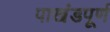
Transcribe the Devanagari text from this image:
पाखंडपूर्ण